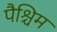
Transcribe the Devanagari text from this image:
पैश्चिम